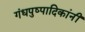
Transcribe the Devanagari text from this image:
गंधपुष्पादिकांनीं